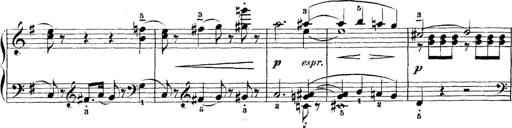
Title: 5 Sonatinas
Composer: Theodor Kirchner